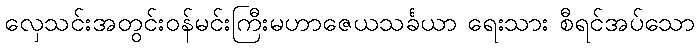
လှေသင်းအတွင်းဝန်မင်းကြီးမဟာဇေယသင်္ခယာ ရေးသား စီရင်အပ်သော